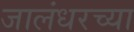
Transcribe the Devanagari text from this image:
जालंधरच्या